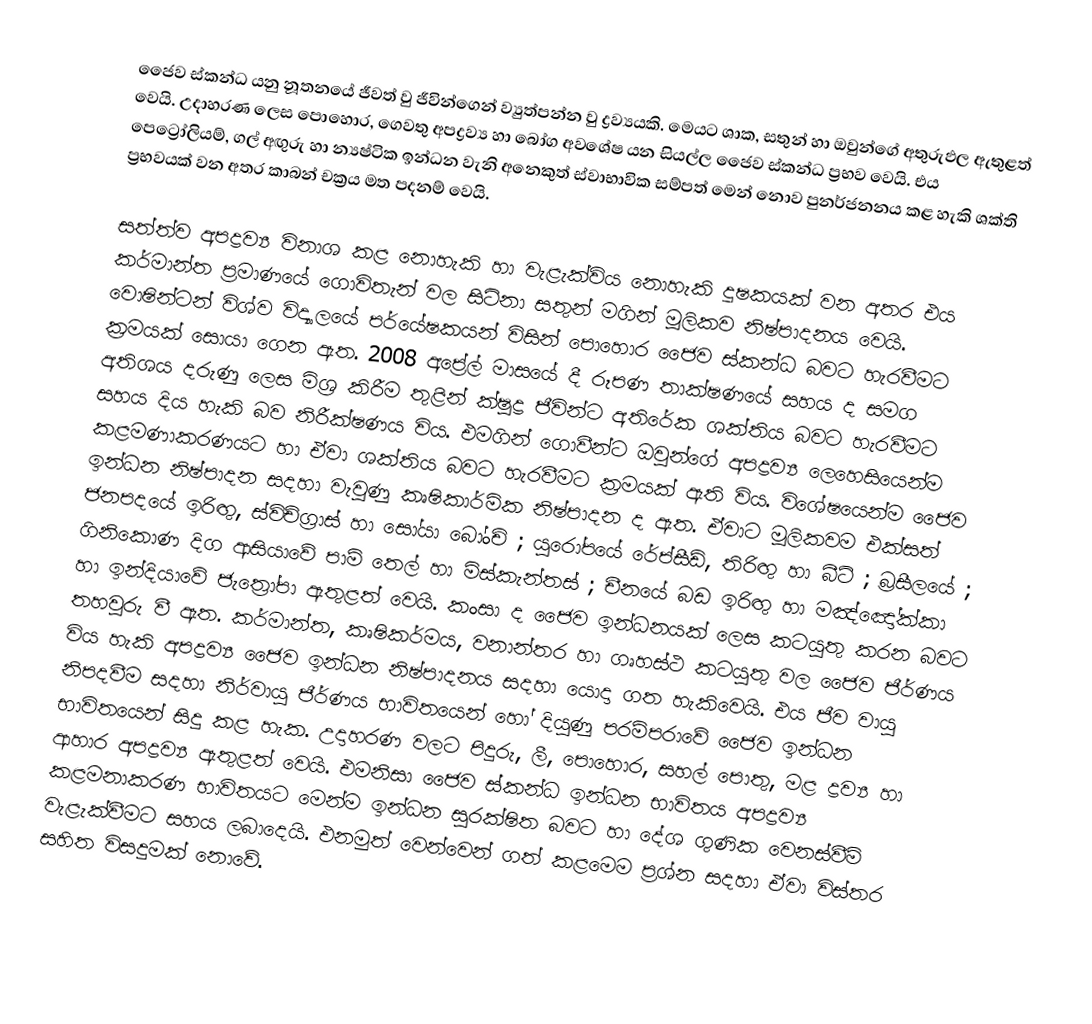
ජෛව ස්කන්ධ යනු නූතනයේ ජීවත් වු ජීවින්ගෙන් ව්‍යුත්පන්න වු ද්‍රව්‍යයකි. මෙයට ශාක, සතුන් හා ඔවුන්ගේ අතුරුඵල ඇතුළත් වෙයි. උදාහරණ ලෙස පොහොර, ගෙවතු අපද්‍රව්‍ය හා බෝග අවශේෂ යන සියල්ල ජෛව ස්කන්ධ ප්‍රභව වෙයි. එය පෙට්‍රෝලියම්, ගල් අඟුරු හා න්‍යෂ්ටික ඉන්ධන වැනි අනෙකුත් ස්වාභාවික සම්පත් ‍මෙන් නොව පුනර්ජනනය කළ හැකි ශක්ති ප්‍රභවයක් වන අතර කාබන් චක්‍රය මත පදනම් වෙයි.

සත්ත්ව අපද්‍රව්‍ය විනාශ කළ නොහැකි හා වැළැක්විය නොහැකි දූෂකයක් වන අතර එය කර්මාන්ත ප්‍රමාණයේ ගොවිතැන් වල සිටිනා සතුන් මගින් මූලිකව නිෂ්පාදනය වෙයි. වොෂින්ටන් විශ්ව විද්‍යාලයේ පර්යේෂකයන් විසින් පොහොර ජෛව ස්කන්ධ බවට හැරවීමට ක්‍රමයක් සොයා ගෙන ඇත. 2008 අප්‍රේල් මාසයේ දී රූපණ තාක්ෂණයේ සහය ද සමග අතිශය දරුණු ලෙස මිශ්‍ර කිරීම තුළින් ක්ෂුද්‍ර ජීවින්ට අතිරේක ශක්තිය බවට හැරවීමට සහය දිය හැකි බව නිරීක්ෂණය විය. එමගින් ගොවීන්ට ඔවුන්ගේ අපද්‍රව්‍ය ලෙහෙසියෙන්ම කළමණාකරණයට හා ඒවා ශක්තිය බවට හැරවීමට ක්‍රමයක් ඇති විය. විශේෂයෙන්ම ජෛව ඉන්ධන නිෂ්පාදන සදහා වැවුණු කෘෂිකාර්මික නිෂ්පාදන ද ඇත. ඒවාට මූලිකවම එක්සත් ජනපදයේ ඉරිඟු, ස්විච්ග්‍රාස් හා සෝයා බෝංචි ; යුරෝපයේ රේප්සීඩ්, තිරිඟු හා බීට් ; බ්‍රසීලයේ ; ගිනිකොණ දිග ආසියාවේ පාම් තෙල් හා මිස්කැන්තස් ; චීනයේ බඩ ඉරිඟු හා මඤ්ඤෝක්කා හා ඉන්දියාවේ ජැත්‍රෝපා ඇතුළත් වෙයි. කංසා ද ජෛව ඉන්ධනයක් ලෙස කටයුතු කරන බවට තහවුරු වී ඇත. කර්මාන්ත, කෘෂිකර්මය, වනාන්තර හා ගෘහස්ථ කටයුතු වල ජෛව ජීර්ණය විය හැකි අපද්‍රව්‍ය ජෛව ඉන්ධන නිෂ්පාදනය සදහා යොදා ගත හැකිවෙයි. එය ජීව වායු නිපදවීම සදහා නිර්වායු ජීර්ණය භාවිතයෙන් හෝ දියුණු පරම්පරාවේ ජෛව ඉන්ධන භාවිතයෙන් සිදු කළ හැක. උදාහරණ වලට පිදුරු, ලී, පොහොර, සහල් පොතු, මළ ද්‍රව්‍ය හා ආහාර අපද්‍රව්‍ය ඇතුළත් වෙයි. එමනිසා ජෛව ස්කන්ධ ඉන්ධන භාවිතය අපද්‍රව්‍ය කළමනාකරණ භාවිතයට මෙන්ම ඉන්ධන සුරක්ෂිත බවට හා දේශ ගුණික වෙනස්වීම් වැළැක්වීමට සහය ලබාදෙයි. එනමුත් වෙන්වෙන් ගත් කළ‍මෙම ප්‍රශ්න සදහා ඒවා විස්තර සහිත විසදුමක් නොවේ.